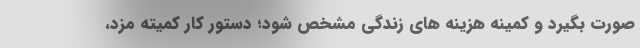
صورت بگیرد و کمینه هزینه های زندگی مشخص شود؛ دستور کار کمیته مزد،